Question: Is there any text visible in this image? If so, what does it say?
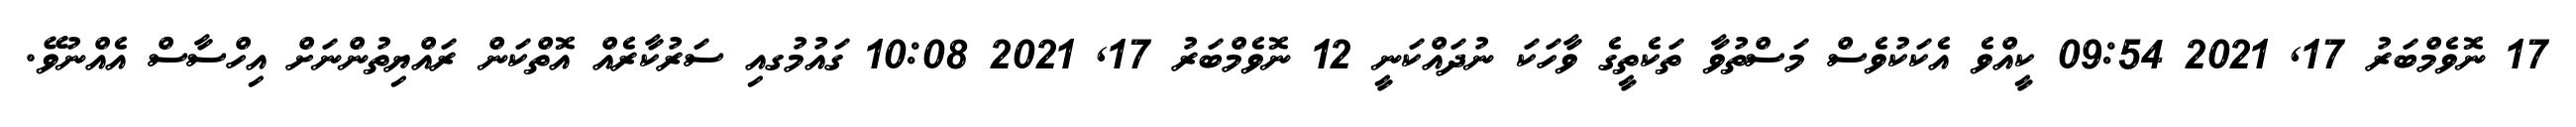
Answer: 17 ނޮވެމްބަރު 17, 2021 09:54 ކީއްވެ އެކަކުވެސް މަސްތުވާ ތަކެތީގެ ވާހަކަ ނުދައްކަނީ 12 ނޮވެމްބަރު 17, 2021 10:08 ގައުމުގއި ސަރުކާރެއް އޮތްކަން ރައްޔިތުންނަށް އިހްސާސް އެއްނުވޭ.